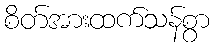
စိတ်အားထက်သန်စွာ